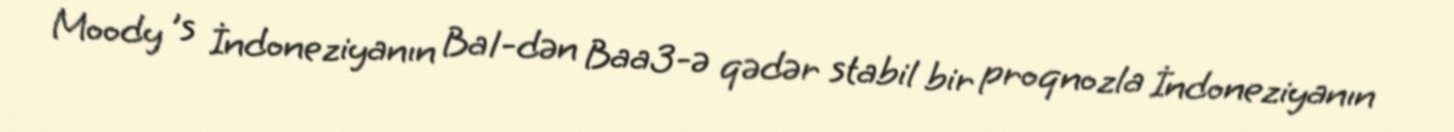
Moody 's İndoneziyanın Ba1-dən Baa3-ə qədər stabil bir proqnozla İndoneziyanın